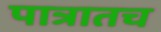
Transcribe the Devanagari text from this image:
पात्रातच